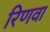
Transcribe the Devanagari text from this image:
रिणवा